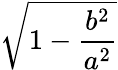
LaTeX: \sqrt{1-{\frac{b^{2}}{a^{2}}}}